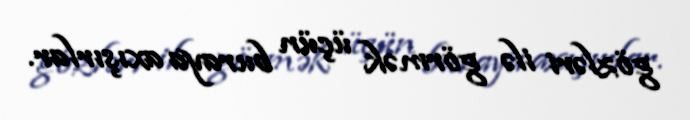
gözləri ilə görmək üçün buraya axışırlar.